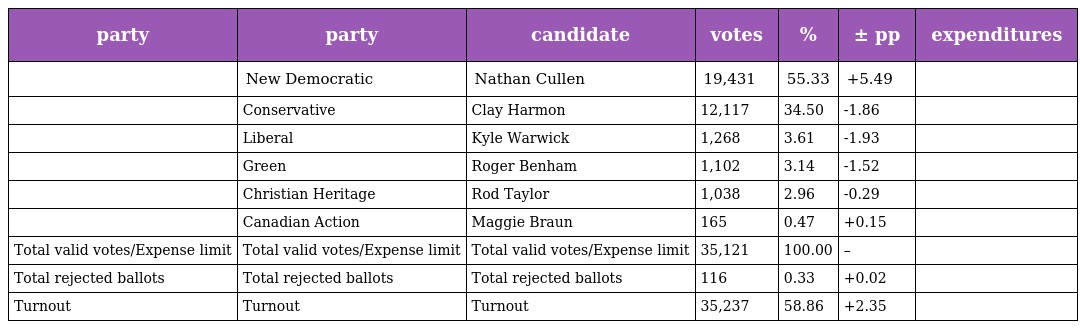
| party | party | candidate | votes | % | ± pp | expenditures |
 | --- | --- | --- | --- | --- | --- | --- |
 |  | New Democratic | Nathan Cullen | 19,431 | 55.33 | +5.49 |  |
 |  | Conservative | Clay Harmon | 12,117 | 34.50 | -1.86 |  |
 |  | Liberal | Kyle Warwick | 1,268 | 3.61 | -1.93 |  |
 |  | Green | Roger Benham | 1,102 | 3.14 | -1.52 |  |
 |  | Christian Heritage | Rod Taylor | 1,038 | 2.96 | -0.29 |  |
 |  | Canadian Action | Maggie Braun | 165 | 0.47 | +0.15 |  |
 | Total valid votes/Expense limit | Total valid votes/Expense limit | Total valid votes/Expense limit | 35,121 | 100.00 | – |  |
 | Total rejected ballots | Total rejected ballots | Total rejected ballots | 116 | 0.33 | +0.02 |  |
 | Turnout | Turnout | Turnout | 35,237 | 58.86 | +2.35 |  |